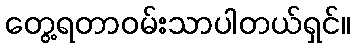
တွေ့ရတာဝမ်းသာပါတယ်ရှင်။